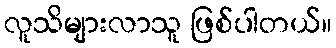
လူသိများလာသူ ဖြစ်ပါတယ်။